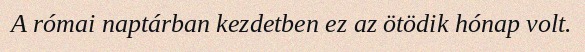
A római naptárban kezdetben ez az ötödik hónap volt.